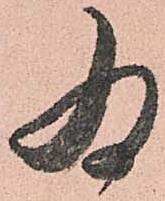
為